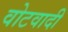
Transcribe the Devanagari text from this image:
वोटवादी